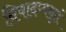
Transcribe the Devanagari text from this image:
विषादप्यमृतं